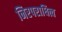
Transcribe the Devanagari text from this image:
निरपराधित्व